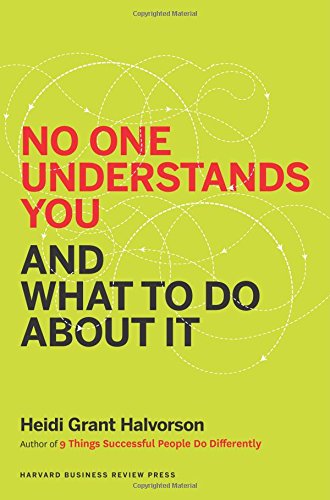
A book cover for No One Understands You and What to Do About It; Heidi Grant Halvorson; Self-Help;